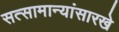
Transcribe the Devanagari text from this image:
सत्सामान्यांसारखे